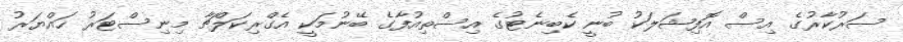
ސަރުކާރުގެ އިސް އޮފިޝަލަކު ބުނީ ކެބިނެޓުގެ އިސްތިއުފާގެ ބޭނުމަކީ އެގްރިކަލްޗާ މިނިސްޓަރު ހައްޔަރު